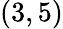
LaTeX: (3,5)